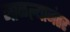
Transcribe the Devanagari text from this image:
जाळल्यानंतर